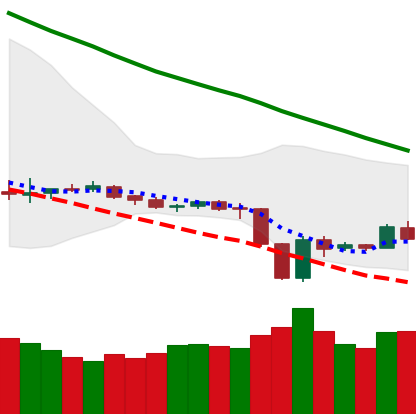
Ticker: LTC-USD
Chart end date: 2019-12-23
Forward return: 4.884%
Label: up_3_5